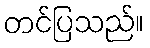
တင်ပြသည်။